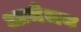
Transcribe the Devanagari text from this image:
आमेलन